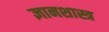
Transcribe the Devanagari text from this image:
ज्ञानशास्त्र